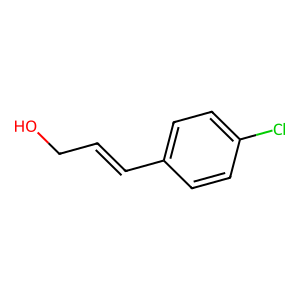
SMILES: OCC=Cc1ccc(Cl)cc1
Inhibits HIV replication: No